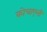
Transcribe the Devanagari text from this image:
कोचाएली